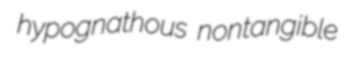
hypognathous nontangible